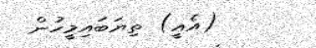
(އެއީ) ތިޔަބައިމީހުން